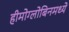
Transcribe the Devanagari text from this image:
हीमोग्लोबिनमध्ये